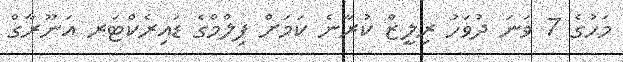
މަހުގެ 7 ވަނަ ދުވަހު ރިލީޒް ކުރާނެ ކަމަށް ފިލްމްގެ ޑައިރެކްޓަރ އަނޫރާގް